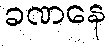
ခဏနေ